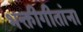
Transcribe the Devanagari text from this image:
भक्तीगीतांना